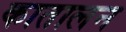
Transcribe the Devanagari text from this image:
कातालन